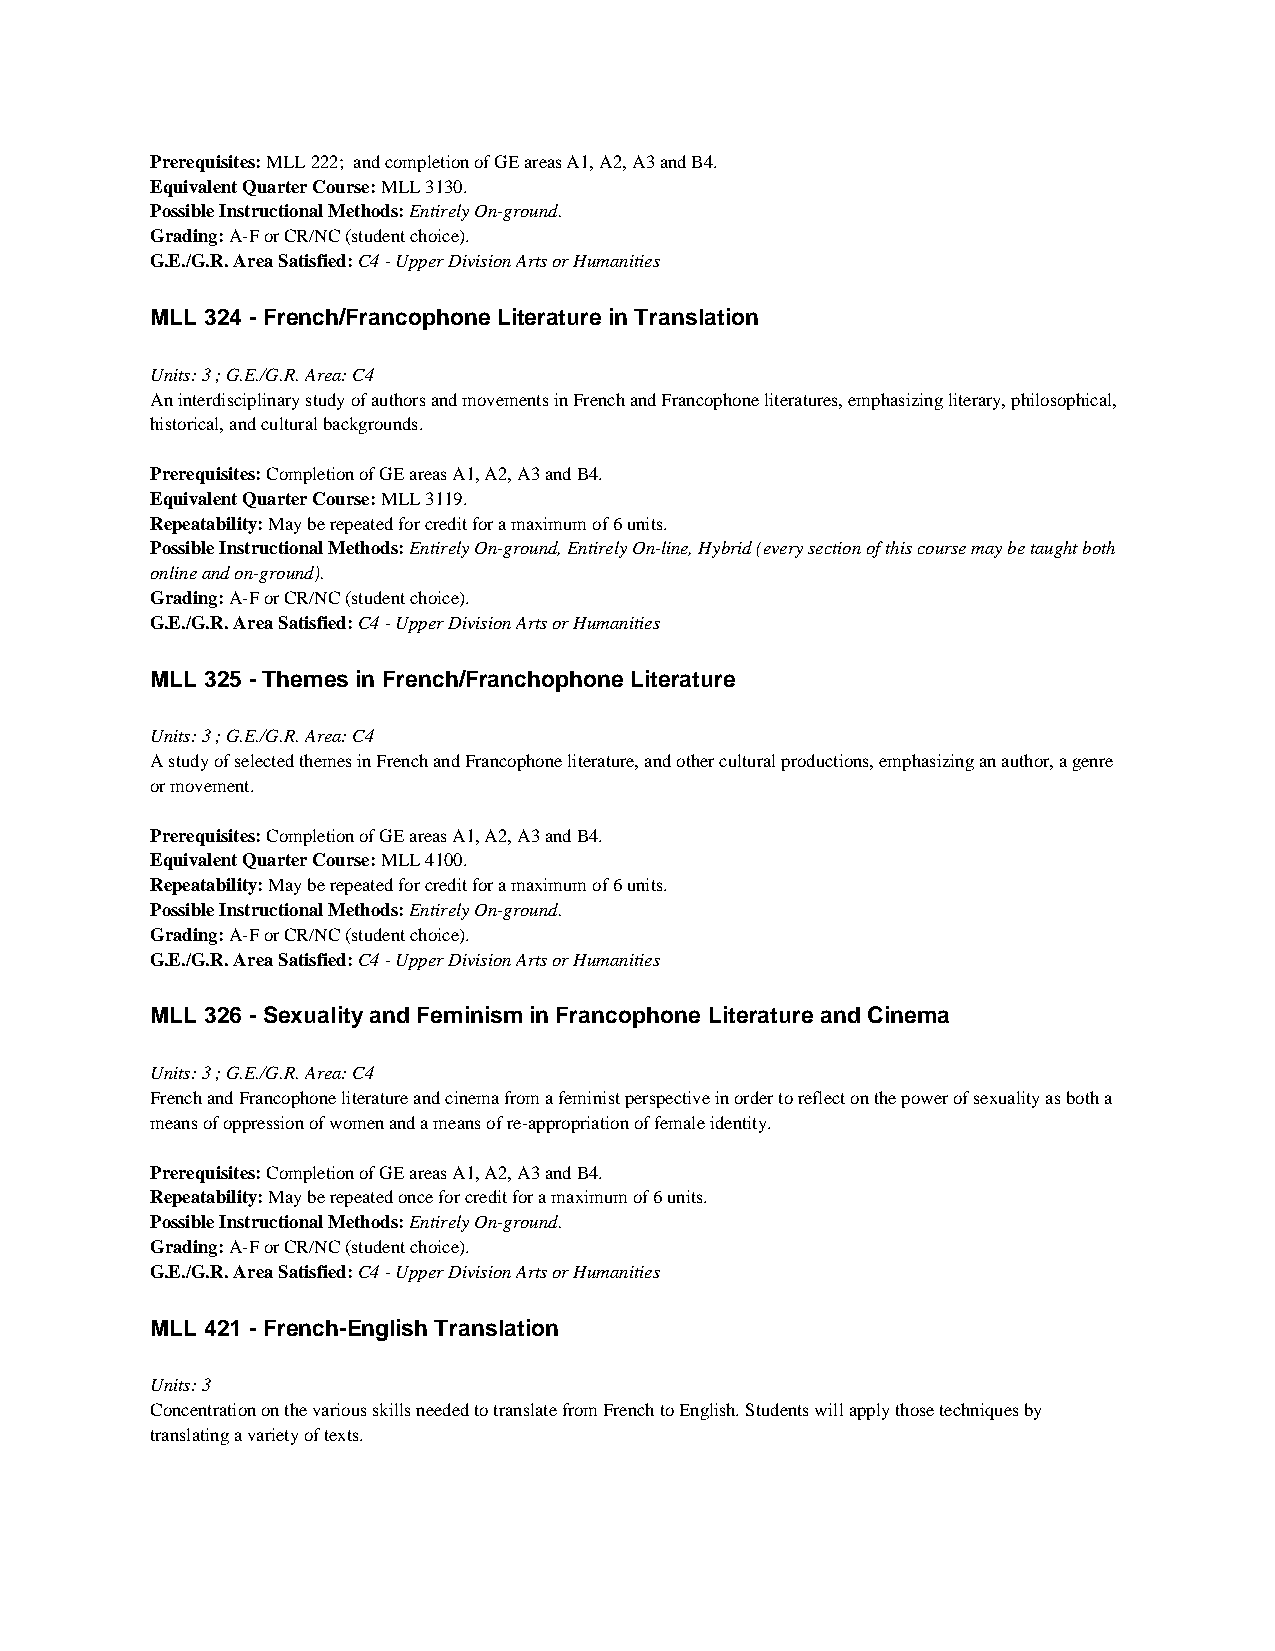
Prerequisites: MLL 222; and completion of GE areas A1, A2, A3 and B4.
 Equivalent Quarter Course: MLL 3130.
 Possible Instructional Methods: Entirely On-ground.
 Grading: A-F or CR/NC (student choice).
 G.E./G.R. Area Satisfied: C4 - Upper Division Arts or Humanities
 MLL 324 - French/Francophone Literature in Translation
 Units: 3 ; G.E./G.R. Area: C4
 An interdisciplinary study of authors and movements in French and Francophone literatures, emphasizing literary, philosophical,
 historical, and cultural backgrounds.
 Prerequisites: Completion of GE areas A1, A2, A3 and B4.
 Equivalent Quarter Course: MLL 3119.
 Repeatability: May be repeated for credit for a maximum of 6 units.
 Possible Instructional Methods: Entirely On-ground, Entirely On-line, Hybrid (every section of this course may be taught both
 online and on-ground).
 Grading: A-F or CR/NC (student choice).
 G.E./G.R. Area Satisfied: C4 - Upper Division Arts or Humanities
 MLL 325 - Themes in French/Franchophone Literature
 Units: 3 ; G.E./G.R. Area: C4
 A study of selected themes in French and Francophone literature, and other cultural productions, emphasizing an author, a genre
 or movement.
 Prerequisites: Completion of GE areas A1, A2, A3 and B4.
 Equivalent Quarter Course: MLL 4100.
 Repeatability: May be repeated for credit for a maximum of 6 units.
 Possible Instructional Methods: Entirely On-ground.
 Grading: A-F or CR/NC (student choice).
 G.E./G.R. Area Satisfied: C4 - Upper Division Arts or Humanities
 MLL 326 - Sexuality and Feminism in Francophone Literature and Cinema
 Units: 3 ; G.E./G.R. Area: C4
 French and Francophone literature and cinema from a feminist perspective in order to reflect on the power of sexuality as both a
 means of oppression of women and a means of re-appropriation of female identity.
 Prerequisites: Completion of GE areas A1, A2, A3 and B4.
 Repeatability: May be repeated once for credit for a maximum of 6 units.
 Possible Instructional Methods: Entirely On-ground.
 Grading: A-F or CR/NC (student choice).
 G.E./G.R. Area Satisfied: C4 - Upper Division Arts or Humanities
 MLL 421 - French-English Translation
 Units: 3
 Concentration on the various skills needed to translate from French to English. Students will apply those techniques by
 translating a variety of texts.